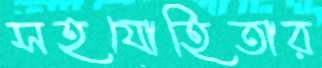
সহযোহিতার